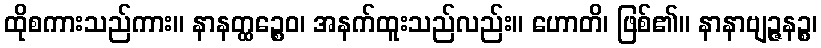
ထိုစကားသည်ကား။ နာနတ္ထဉ္စေဝ၊ အနက်ထူးသည်လည်း။ ဟောတိ၊ ဖြစ်၏။ နာနာဗျဉ္ဇနဉ္စ၊